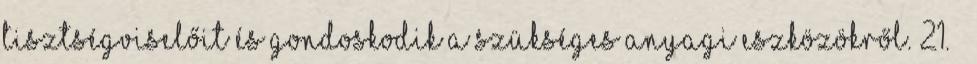
tisztségviselőit és gondoskodik a szükséges anyagi eszközökről. 21. §